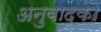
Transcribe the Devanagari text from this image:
अनुवादको